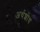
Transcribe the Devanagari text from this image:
अर्थशोध